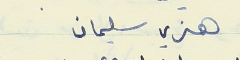
هنري سليمان